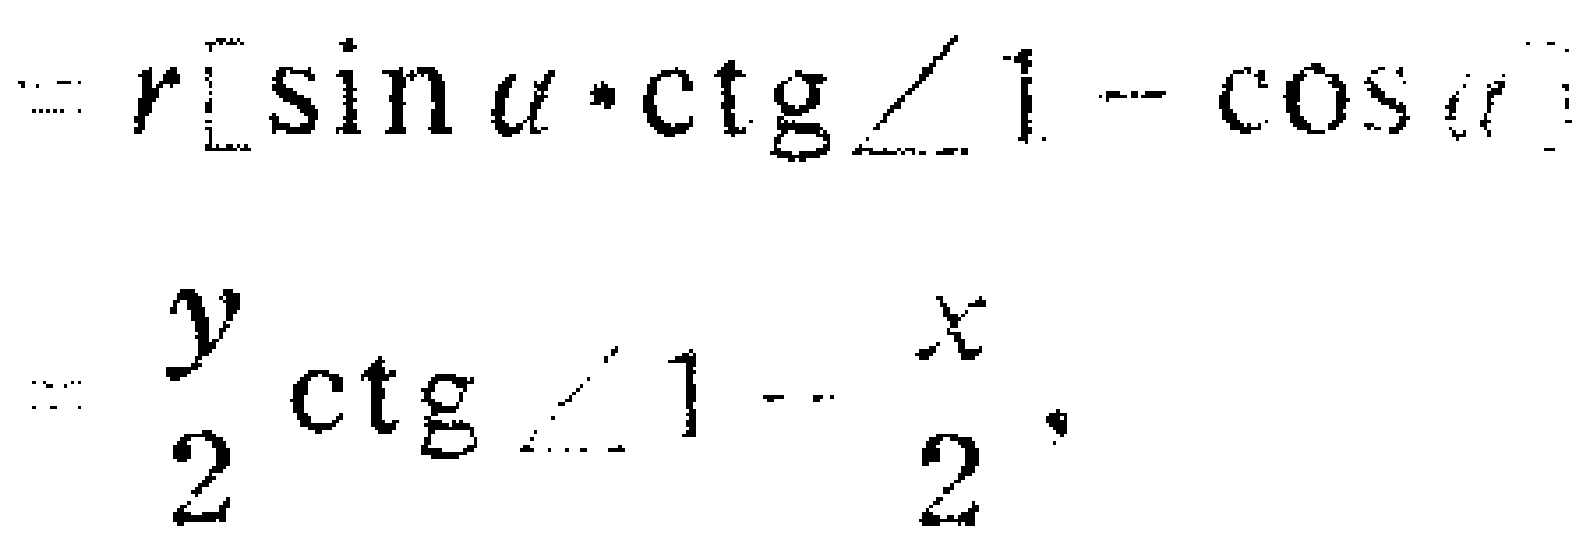
\[

\begin{align*}

&=r[\sin\alpha\cdot\mathrm{ctg}\angle1 - \cos\alpha]\\

&=\frac{y}{2}\mathrm{ctg}\angle1-\frac{x}{2}

\end{align*}

\]